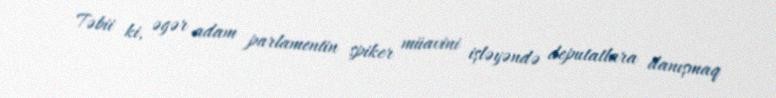
Təbii ki, əgər adam parlamentin spiker müavini işləyəndə deputatlara danışmaq